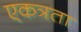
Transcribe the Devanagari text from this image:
एकत्रता